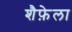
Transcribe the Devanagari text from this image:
शैफ़ेला